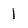
Character: 1